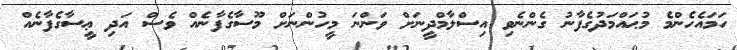
ހަމައެހެންމެ މުޙައްމަދުގެފާނު ގެންނެވި އިސްލާމްދީނަށް ވަންނަ މީހުންނަށް މޫސާގެފާނެއް ވެސް އަދި ޢީސާގެފާނެއް